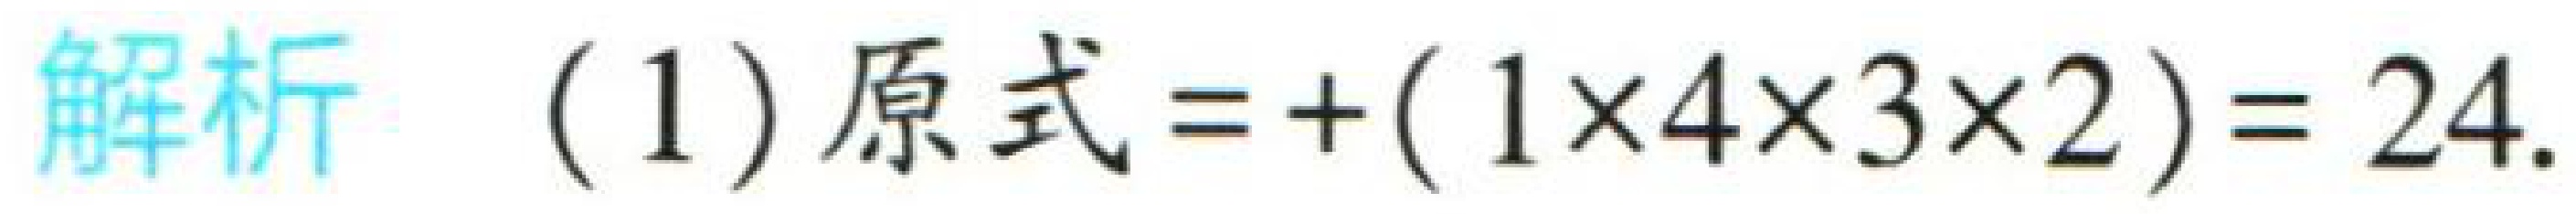
解析 (1) 原式$=+(1\times4\times3\times2)=24$.